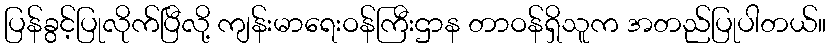
ပြန်ခွင့်ပြုလိုက်ပြီလို့ ကျန်းမာရေးဝန်ကြီးဌာန တာဝန်ရှိသူက အတည်ပြုပါတယ်။